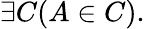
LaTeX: \exists C(A\in C).